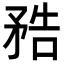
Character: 𥍱